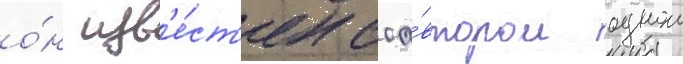
о́н изв'е́ст'ен соа́втором однои